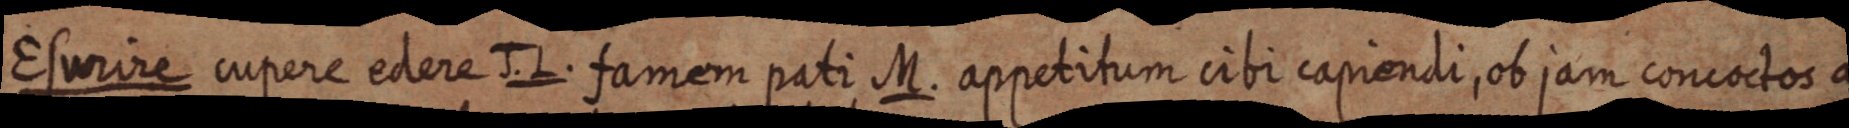
Esurire cupere edere J. L. famem pati M. appetitum cibi capiendi, ob jam concoctos a